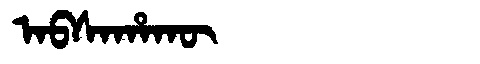
Manchu: ᠠᠪᠰᠠᡥᠠᡴᡡ
Romanization: ABSAHAKŪ